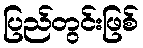
ပြည်တွင်းဖြစ်